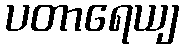
ပတာရေယျ